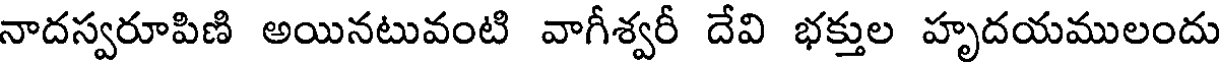
నాదస్వరూపిణి అయినటువంటి వాగీశ్వరీ దేవి భక్తుల హృదయములందు